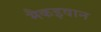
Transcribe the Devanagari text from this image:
मैकइवान